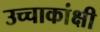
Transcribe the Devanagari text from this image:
उच्चाकांक्षी